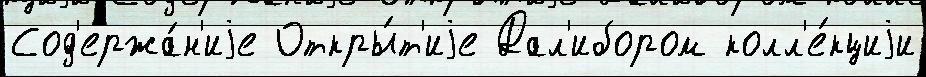
Сод'ержа́н'иjе Откры́т'иjе Дал'ибором колл'е́кциjи